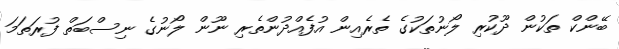
ބޭންކް ތަކުން ދޫކުރި ލޯނުތަކުގެ ތެރެއިން އުފެއްދުންތެރި ނޫން ލޯނުގެ ނިސްބަތް ފުރަތަމަ